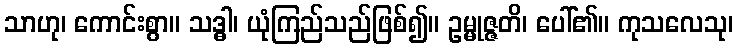
သာဟု၊ ကောင်းစွာ။ သဒ္ဓါ၊ ယုံကြည်သည်ဖြစ်၍။ ဥမ္မုဇ္ဇတိ၊ ပေါ်၏။ ကုသလေသု၊